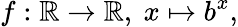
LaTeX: f:\mathbb{R}\to\mathbb{R},\ x\mapsto b^{x},